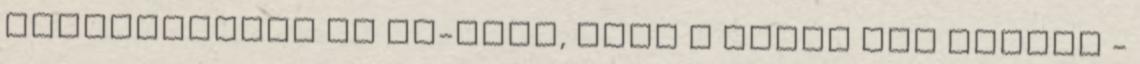
maganlevelbe is CC-ztek, mert a Gurut nem mindig -